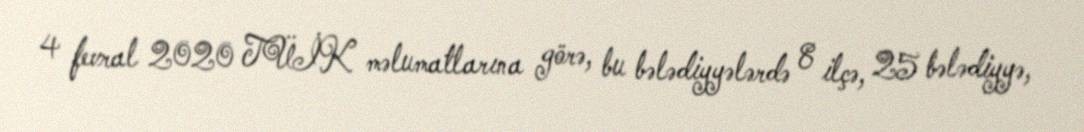
4 fevral 2020 TÜİK məlumatlarına görə, bu bələdiyyələrdə 8 ilçə, 25 bələdiyyə,